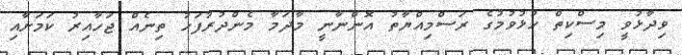
ވިދާޅުވީ މިސްކިތް ހުޅުވުމުގެ ރަސްމިއްޔާތު އޮންނާނީ މާދަމާ މެންދުރުފަހު ތިނެއް ޖަހާއިރު ކަމަށާއި